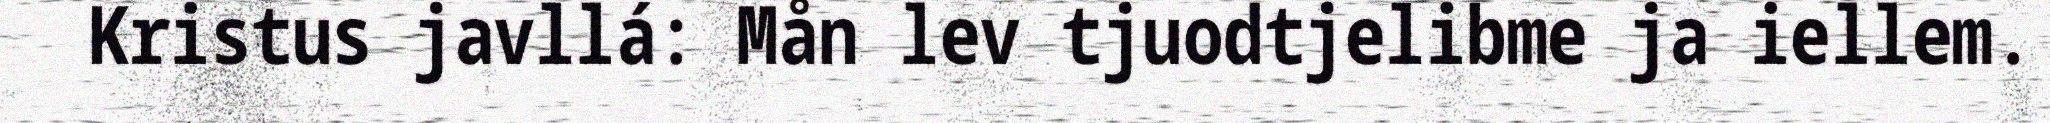
Kristus javllá: Mån lev tjuodtjelibme ja iellem.